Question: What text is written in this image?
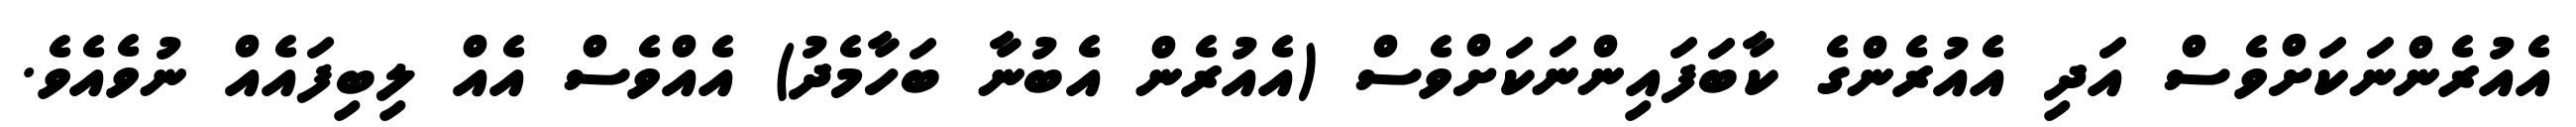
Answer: އެއުރެންނަކަށްވެސް އަދި އެއުރެންގެ ކާބަފައިންނަކަށްވެސް (އެއުރެން އެބުނާ ބަހާމެދު) އެއްވެސް އެއް ލިބިފައެއް ނުވެއެވެ.